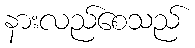
နားလည်စေသည်